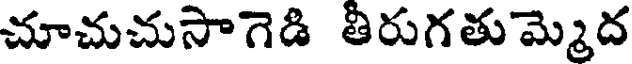
చూచుచుసాగెడి తీరుగతుమ్మెద